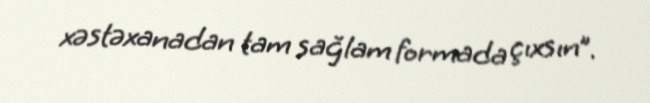
xəstəxanadan tam sağlam formada çıxsın”.